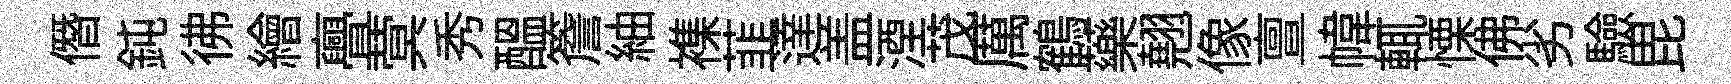
僭鈍彿繪亹蓂秀醖簷紬襍韮達盖湮茂厲鶴藥翹像亶幃輒慄佛劣驗毘